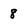
Character: 8